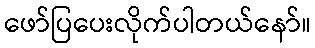
ဖော်ပြပေးလိုက်ပါတယ်နော်။